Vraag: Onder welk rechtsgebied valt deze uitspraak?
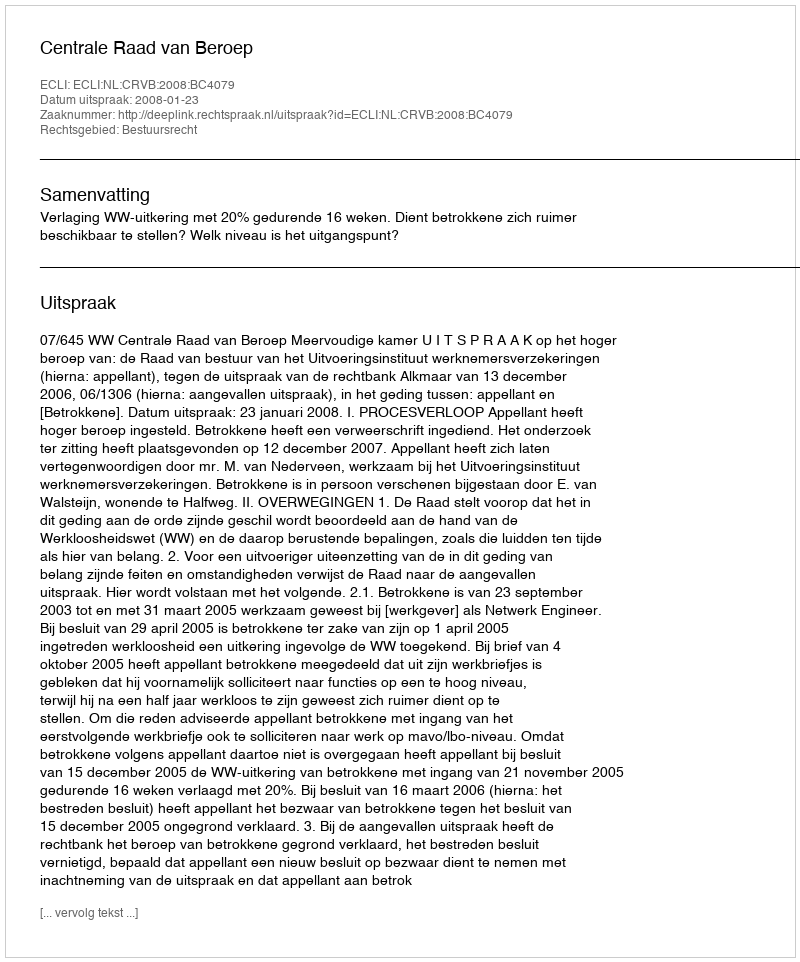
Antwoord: Bestuursrecht